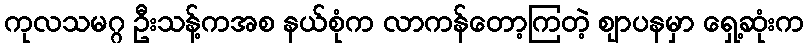
ကုလသမဂ္ဂ ဦးသန့်ကအစ နယ်စုံက လာကန်တော့ကြတဲ့ ဈာပနမှာ ရှေ့ဆုံးက